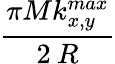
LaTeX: \frac{\pi Mk_{x,y}^{max}}{2\: R}